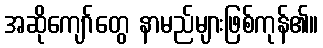
အဆိုကျော်တွေ နာမည်များဖြစ်ကုန်၏။